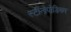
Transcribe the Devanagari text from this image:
स्टीनोपोडियम